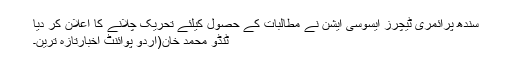
سندھ پرائمری ٹیچرز ایسوسی ایشن نے مطالبات کے حصول کیلئے تحریک چلانے کا اعلان کر دیا
ٹنڈو محمد خان(اُردو پوائنٹ اخبارتازہ ترین۔